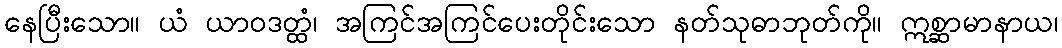
နေပြီးသော။ ယံ ယာဝဒတ္ထံ၊ အကြင်အကြင်ပေးတိုင်းသော နတ်သုဓာဘုတ်ကို။ ဣစ္ဆာမာနာယ၊